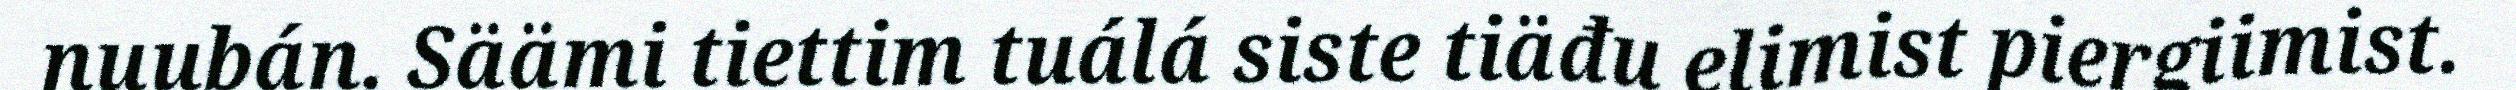
nuubán. Säämi tiettim tuálá siste tiäđu elimist piergiimist.